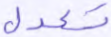
تعدل